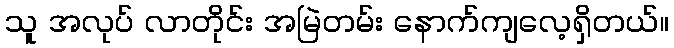
သူ အလုပ် လာတိုင်း အမြဲတမ်း နောက်ကျလေ့ရှိတယ်။